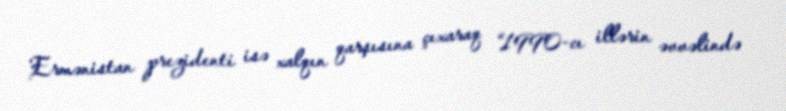
Ermənistan prezidenti isə xalqın qarşısına çıxaraq “1990-cı illərin əvvəlində